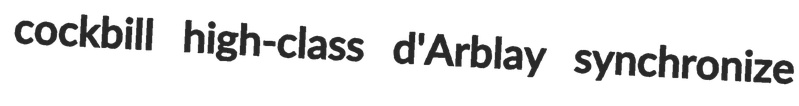
cockbill high-class d'Arblay synchronize